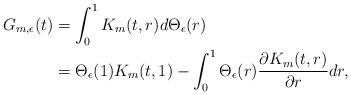
\begin{align*}G_{m,\epsilon}(t)&=\int_0^1K_m(t,r)d\Theta_{\epsilon}(r)\\&=\Theta_{\epsilon}(1)K_m(t,1)-\int^{1}_{0} \Theta_{\epsilon}(r)\frac{\partial K_m(t,r)}{\partial r}dr,\end{align*}